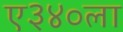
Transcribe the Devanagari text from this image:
ए३४०ला